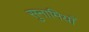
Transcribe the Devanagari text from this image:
सुनामियाँ